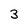
Character: 3